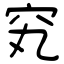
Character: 䆒